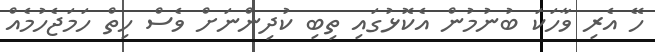
ހޭ އެރި ވާހަކަ ބުނުމުން އެކޮޅުގައި ތިބި ކުދިންނަށް ވެސް ހިތް ހަމަޖެހުމެއް